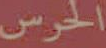
الحرس